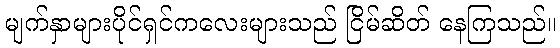
မျက်နှာများပိုင်ရှင်ကလေးများသည် ငြိမ်ဆိတ် နေကြသည်။